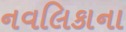
નવલિકાના